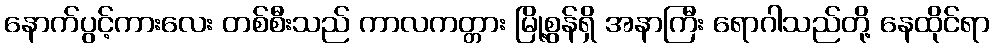
နောက်ပွင့်ကားလေး တစ်စီးသည် ကာလကတ္တား မြို့စွန်ရှိ အနာကြီး ရောဂါသည်တို့ နေထိုင်ရာ